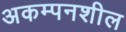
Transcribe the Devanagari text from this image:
अकम्पनशील